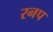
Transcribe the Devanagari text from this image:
रनप